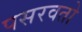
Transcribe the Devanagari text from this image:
पसरवतो